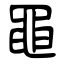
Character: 黽